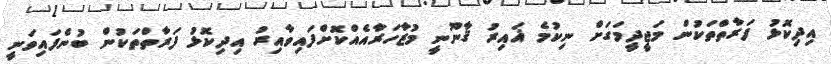
އިދިކޮޅު ފަރާތްތަކުން މަޖީދީމަގަށް ނިކުމެ ޣައިރު ޤާނޫނީ މުޒާހަރާއެއްކޮށްފައިވާއިރު އިދިކޮޅު ފަރާތްތަކުން ބުނެފައިވަނީ